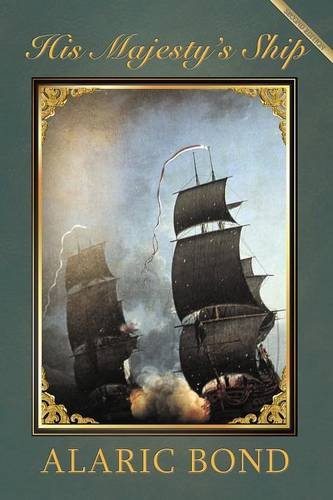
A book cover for His Majesty's Ship; Alaric J. Bond; Literature & Fiction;